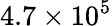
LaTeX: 4.7\times 10^{5}